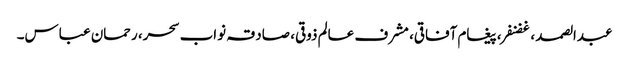
عبدالصمد ، غضنفر، پیغام آفاقی، مشرف عالم ذوقی، صادقہ نواب سحر، رحمان عباس۔